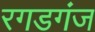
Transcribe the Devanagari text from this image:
रगडगंज